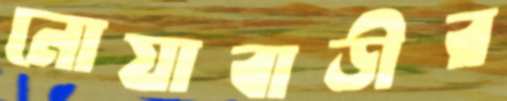
নোয়াবাড়ীর